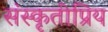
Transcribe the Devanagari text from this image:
संस्कृतीप्रिय